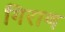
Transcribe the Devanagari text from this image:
गिराण